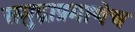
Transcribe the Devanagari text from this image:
समुद्राप्रमाणेच